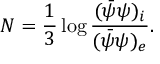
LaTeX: N = \frac { 1 } { 3 } \log \frac { ( \bar { \psi } { \psi } ) _ { i } } { ( \bar { \psi } { \psi } ) _ { e } } .